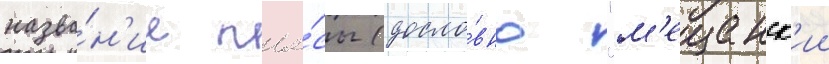
назва́н'ие пье́сы (досло́вно "м'ещанск'ии